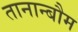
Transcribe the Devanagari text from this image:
तानान्बौम